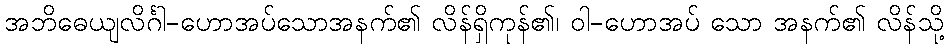
အဘိဓေယျလိင်္ဂါ-ဟောအပ်သောအနက်၏ လိန်ရှိကုန်၏၊ ဝါ-ဟောအပ် သော အနက်၏ လိန်သို့